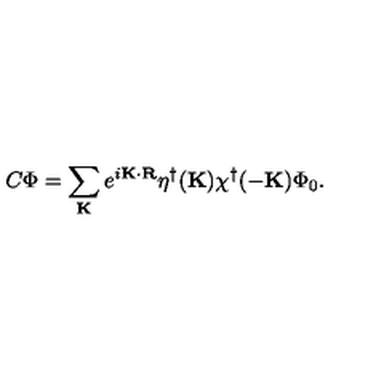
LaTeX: C \Phi = \sum _ { \bf K } e ^ { i { \bf K \cdot R } } \eta ^ { \dagger } ( { \bf K } ) \chi ^ { \dagger } ( { \bf - K } ) \Phi _ { 0 } .